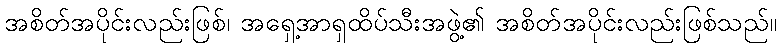
အစိတ်အပိုင်းလည်းဖြစ်၊ အရှေ့အာရှထိပ်သီးအဖွဲ့၏ အစိတ်အပိုင်းလည်းဖြစ်သည်။